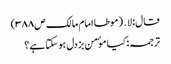
قال: لا․ (موطا امام مالک ص۳۸۸)
ترجمہ:کیا موٴمن بزدل ہوسکتا ہے؟